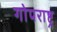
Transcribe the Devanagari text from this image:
गोपराष्ट्र